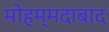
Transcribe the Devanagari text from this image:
मोहम्‍मदाबाद